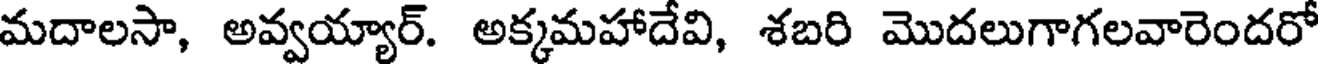
మదాలసా, అవ్వయ్యార్. అక్కమహాదేవి, శబరి మొదలుగాగలవారెందరో